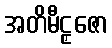
အတိမီဠှဇော